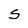
Character: S